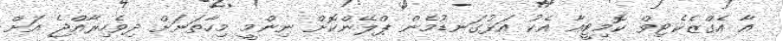
އާ އެގްޒެކެޓިވް ކޮމިޓީއާ އެކު އަޅުގަނޑުމެން ޕްލޭންކޮށް ނިންމީ މިހާތަނަށް ދިވެހިރާއްޖެ އަށް